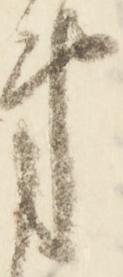
第